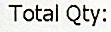
TOTAL QTY: